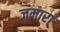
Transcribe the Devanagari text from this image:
जमारा